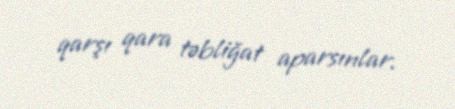
qarşı qara təbliğat aparsınlar.